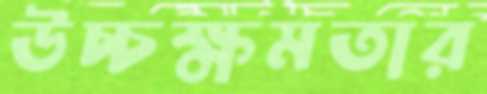
উচ্চক্ষমতার